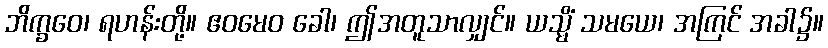
ဘိက္ခဝေ၊ ရဟန်းတို့။ ဧဝမေဝ ခေါ၊ ဤအတူသာလျှင်။ ယသ္မိံ သမယေ၊ အကြင် အခါ၌။